Report of the King Institute of Preventive Medicine, Guindy
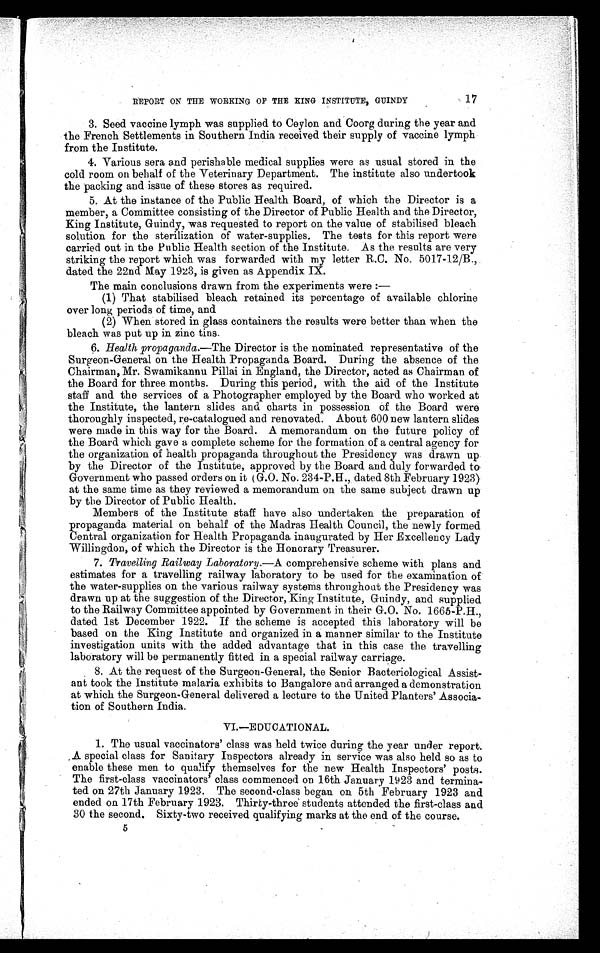
17
REPORT ON THE WORKING OF THE KING INSTITUTE, GUINDY
3. Seed vaccine lymph was supplied to Ceylon and Coorg during the year and
the French Settlements in Southern India received their supply of vaccine lymph
from the Institute.
4. Various sera and perishable medical supplies were as usual stored in the
cold room on behalf of the Veterinary Department. The institute also undertook
the packing and issue of these stores as required.
5. At the instance of the Public Health Board, of which the Director is a
member, a Committee consisting of the Director of Public Health and the Director,
King Institute, Guindy, was requested to report on the value of stabilised bleach
solution for the sterilization of water-supplies. The tests for this report were
carried out in the Public Health section of the Institute. As the results are very
striking the report which was forwarded with my letter R.C. No. 5017-12/B.,
dated the 22nd May 1923, is given as Appendix IX.
The main conclusions drawn from the experiments were:
—
( 1 ) T h a t s t a b i l i s e d b l e a c h r e t a i n e d i t s p e r c e n t a g e o f a v a i l a b l e c h l o r i n e
over long periods of time, and
( 2 ) W h e n s t o r e d i n g l a s s c o n t a i n e r s t h e r e s u l t s w e r e b e t t e r t h a n w h e n t h e
bleach was put up in zinc tins.
6. Health propaganda.— The Director is the nominated representative of the
Surgeon-General on the Health Propaganda Board. During the absence of the
Chairman, Mr. Swamikannu Pillai in England, the Director, acted as Chairman of
the Board for three months. During this period, with the aid of the Institute
staff and the services of a Photographer employed by the Board who worked at
the Institute, the lantern slides and charts in possession of the Board were
thoroughly inspected, re-catalogued and renovated. About 600 new lantern slides
were made in this way for the Board. A memorandum on the future policy of
the Board which gave a complete scheme for the formation of a central agency for
the organization of health propaganda throughout the Presidency was drawn up
by the Director of the Institute, approved by the Board and duly forwarded to
Government who passed orders on it (G.O. No. 234-P.H., dated 8th February 1923)
at the same time as they reviewed a memorandum on the same subject drawn up
by the Director of Public Health.
Members of the Institute staff have also undertaken the preparation of
propaganda material on behalf of the Madras Health Council, the newly formed
Central organization for Health Propaganda inaugurated by Her Excellency Lady
Willingdon, of which the Director is the Honorary Treasurer.
7. Travelling Railway Laboratory.—A comprehensive scheme with plans and
estimates for a travelling railway laboratory to be used for the examination of
the water-supplies on the various railway systems throughout the Presidency was
drawn up at the suggestion of the Director, King Institute, Guindy, and supplied
to the Railway Committee appointed by Government in their G.O. No. 1665-P.H.,
dated 1st December 1922. If the scheme is accepted this laboratory will be
based on the King Institute and organized in a manner similar to the Institute
investigation units with the added advantage that in this case the travelling
laboratory will be permanently fitted in a special railway carriage.
8. At the request of the Surgeon-General, the Senior Bacteriological Assist
- a n t t o o k t h e I n s t i t u t e m a l a r i a e x h i b i t s t o B a n g a l o r e a n d a r r a n g e d a d e m o n s t r a t i o n
at which the Surgeon-General delivered a lecture to the United Planters' Associa
- t i o n o f S o u t h e r n I n d i a .
VI.—EDUCATIONAL.
1. The usual vaccinators' class was held twice during the year under report.
A special class for Sanitary Inspectors already in service was also held so as to
enable these men to qualify themselves for the new Health Inspectors- posts.
The first-class vaccinators' class commenced on 16th January 1923 and termina
-ted on 27th January 1923. The second-class began on 5th February 1923 and
ended on 17th February 1923. Thirty-three students attended the first-class and
30 the second. Sixty-two received qualifying marks at the end of the course.
5